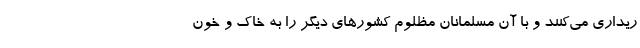
ریداری می‌کنند و با آن مسلمانان مظلوم کشورهای دیگر را به خاک و خون